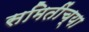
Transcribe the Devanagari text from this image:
समितींच्या